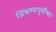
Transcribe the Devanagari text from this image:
जिंकण्यापूर्वीच्या